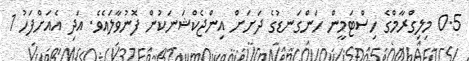
0.5 މިލިގްރާމްގެ ހިސްޓަމީން ހަންގަނޑުގެ ދަށަށް އިންޖެކްޝަނަކުން ފޮނުވާލައެވެ. އަދި އެއަށްފަހު 1